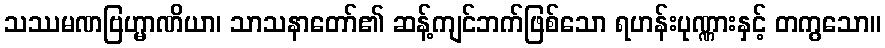
သဿမဏဗြဟ္မာဏိယာ၊ သာသနာတော်၏ ဆန့်ကျင်ဘက်ဖြစ်သော ရဟန်းပုဏ္ဏားနှင့် တကွသော။